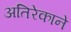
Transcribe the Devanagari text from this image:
अतिरेकाने